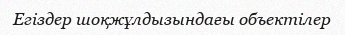
Егіздер шоқжұлдызындағы объектілер